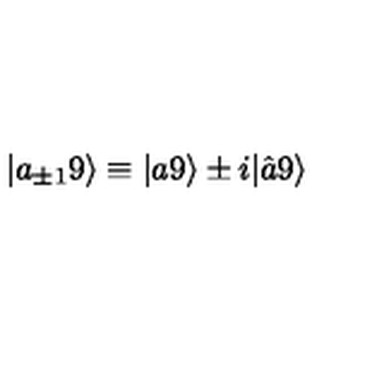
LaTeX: | a _ { \pm 1 } 9 \rangle \equiv | a 9 \rangle \pm i | \hat { a } 9 \rangle